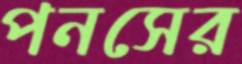
পনসের